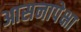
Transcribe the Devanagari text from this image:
आसनापेक्षा